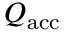
Q _ { \mathrm { a c c } }